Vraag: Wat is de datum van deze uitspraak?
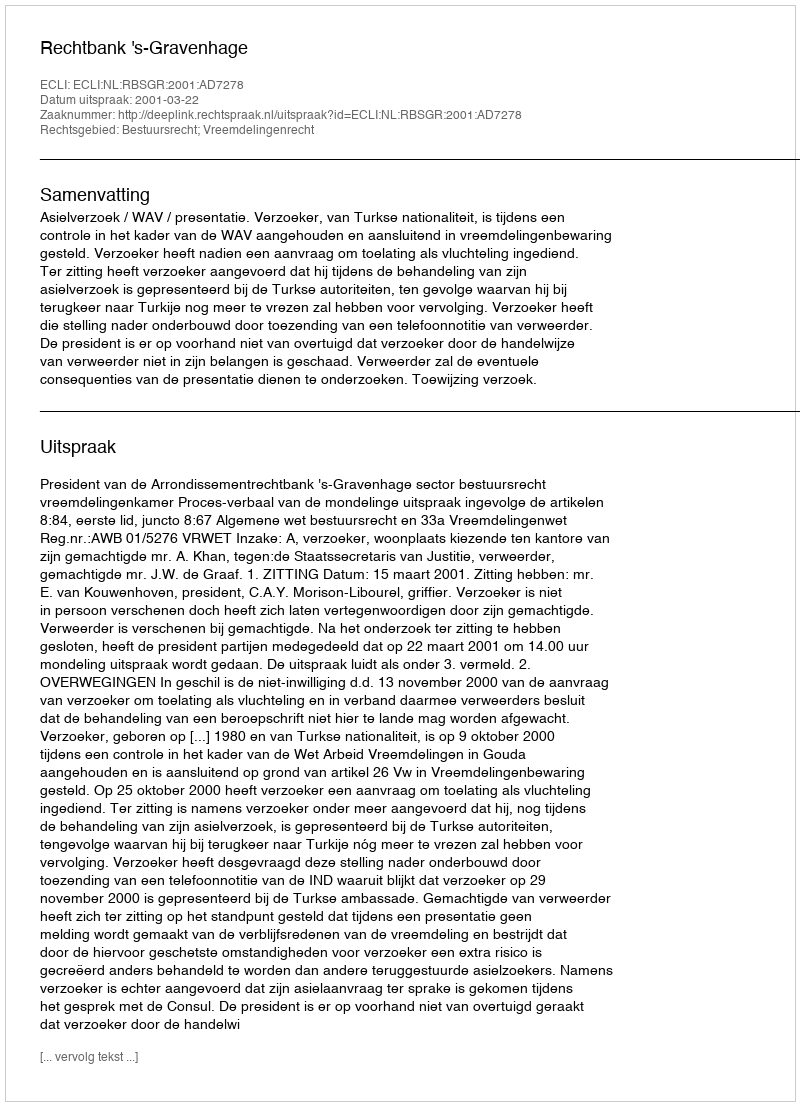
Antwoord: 2001-03-22